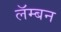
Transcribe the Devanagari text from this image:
लॅम्बन